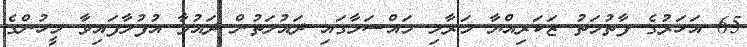
65 އަހަރުގެ ފާތުމަތު ޒަކަރިއްޔާ މަރާލި މައްސަލާގައި ދައުލަތުން ދައުވާ އުފުލާފައިވާ މީހުންގެ